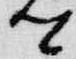
卿